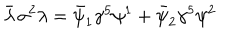
LaTeX: \bar { \lambda } \, \sigma ^ { 2 } \lambda = \bar { \psi } _ { 1 } \gamma ^ { 5 } \psi ^ { 1 } + \bar { \psi } _ { 2 } \gamma ^ { 5 } \psi ^ { 2 }